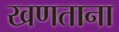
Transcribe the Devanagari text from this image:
खणताना